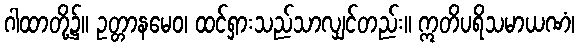
ဂါထာတို့၌။ ဥတ္တာနမေဝ၊ ထင်ရှားသည်သာလျှင်တည်း။ ဣတိပရိသမာယဏံ၊